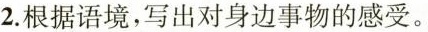
2.根据语境，写出对身边事物的感受。